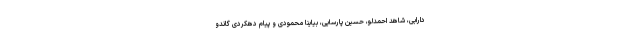
دارابی، شاهد احمدلو، حسین پارسایی، بیاینا محمودی و پیام دهکردی گاندو